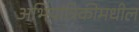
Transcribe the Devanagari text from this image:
अभियांत्रिकीमधील